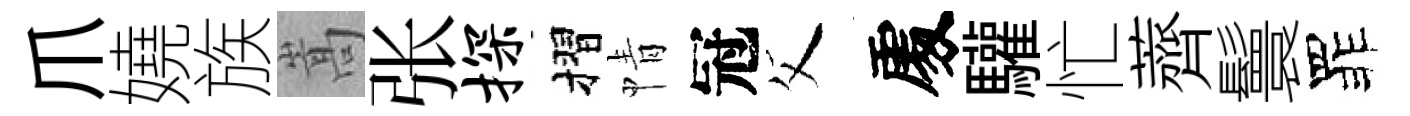
爪嬈族嵩张探摺情冠父𠁅驩忙薺鬟罪